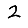
Digit: 2